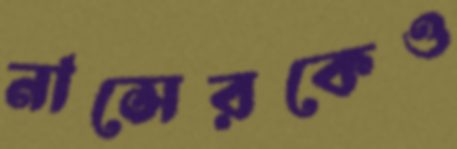
নাসেরকেও